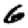
Digit: 6